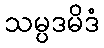
သမ္ပဒမိဒံ